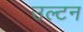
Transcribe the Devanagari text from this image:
उल्टन